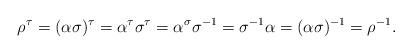
LaTeX: \begin{align*}\rho^\tau = (\alpha\sigma)^\tau = \alpha^\tau \sigma^\tau = \alpha^\sigma \sigma^{-1} = \sigma^{-1}\alpha = (\alpha\sigma)^{-1} = \rho^{-1}. \end{align*}